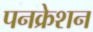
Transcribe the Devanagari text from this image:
पनक्रेशन